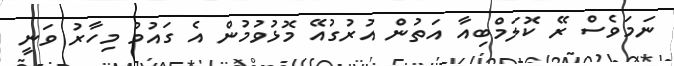
ނަމަވެސް ރޭ ކޮލަމްބިއާ އަތުން އުރުގުއޭ މޮޅުވުމުން އެ ގައުމު މިހާރު ވަނީ